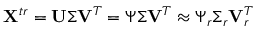
\mathbf { X } ^ { t r } = \mathbf { U } \boldsymbol { \Sigma } \mathbf { V } ^ { T } = \boldsymbol { \Psi } \boldsymbol { \Sigma } \mathbf { V } ^ { T } \approx \boldsymbol { \Psi } _ { r } \boldsymbol { \Sigma } _ { r } \mathbf { V } _ { r } ^ { T }